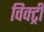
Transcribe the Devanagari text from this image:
विक्‍ट्री